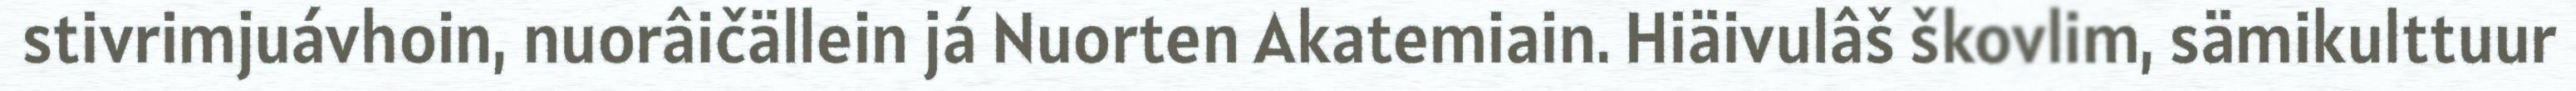
stivrimjuávhoin, nuorâičällein já Nuorten Akatemiain. Hiäivulâš škovlim, sämikulttuur